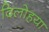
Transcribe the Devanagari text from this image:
दिलोहया